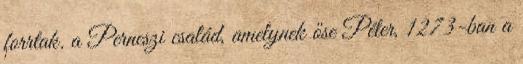
forrtak. a Perneszi család, amelynek őse Péter, 1273-ban a